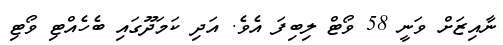
ނާއިޒަށް ވަނީ 58 ވޯޓް ލިބިފަ އެވެ. އަދި ކަމަދޫގައި ބެހެއްޓި ވޯޓި